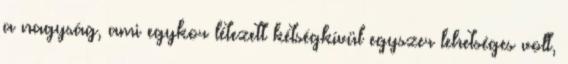
a nagyság, ami egykor létezett kétségkívül egyszer lehetséges volt,